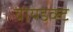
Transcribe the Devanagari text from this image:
वायडक्ट